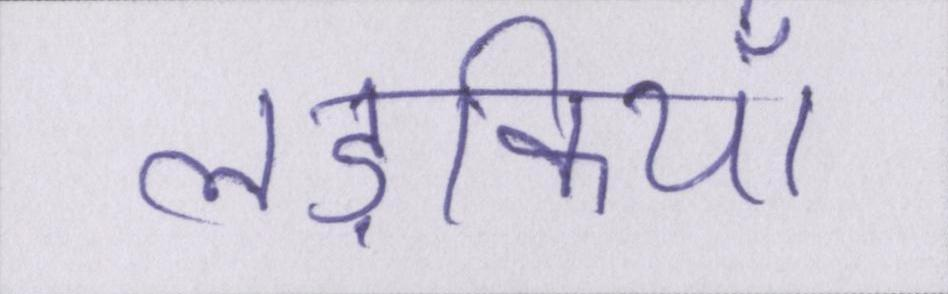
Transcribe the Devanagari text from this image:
लड़कियाँ